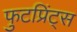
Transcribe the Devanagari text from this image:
फुटप्रिंट्स